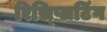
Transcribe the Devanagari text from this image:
रिस्प्लिटिंग